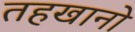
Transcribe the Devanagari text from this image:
तहखानो